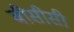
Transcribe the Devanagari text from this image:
बीसीसी